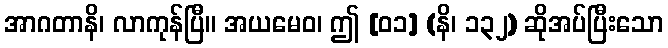
အာဂတာနိ၊ လာကုန်ပြီ။ အယမေဝ၊ ဤ [၀၁] (နိ၊ ၁၃၂) ဆိုအပ်ပြီးသော